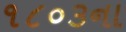
૧૮૦૩ના